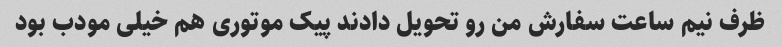
ظرف نیم ساعت سفارش من رو تحویل دادند پیک موتوری هم خیلی مودب بود